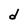
Character: d